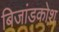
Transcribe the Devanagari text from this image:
बिजांडकोश